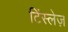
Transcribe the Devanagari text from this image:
टिंस्लेज़